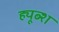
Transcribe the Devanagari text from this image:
ह्यूब्श